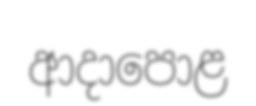
ආදාපොළ